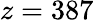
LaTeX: z=387